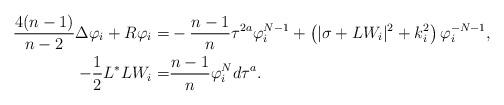
LaTeX: \begin{align*} \aligned \frac{4(n-1)}{n-2}\Delta \varphi_i+R\varphi_i=&-\frac{n-1}{n}\tau^{2a}\varphi_i^{N-1}+\left(|\sigma+LW_i|^{2}+k_i^{2}\right)\varphi_i^{-N-1},\\ -\frac{1}{2}L^{*}LW_i=&\frac{n-1}{n}\varphi_i^{N}d\tau^a.\endaligned \end{align*}